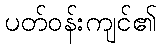
ပတ်ဝန်းကျင်၏